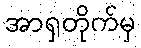
အာရှတိုက်မှ